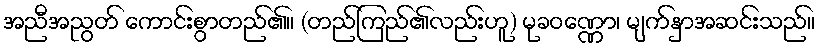
အညီအညွတ် ကောင်းစွာတည်၏။ (တည်ကြည်၏လည်းဟူ) မုခဝဏ္ဏော၊ မျက်နှာအဆင်းသည်။